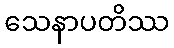
သေနာပတိဿ